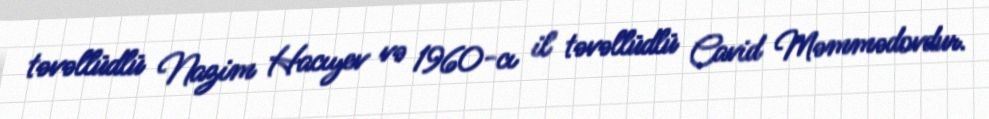
təvəllüdlü Nazim Hacıyev və 1960-cı il təvəllüdlü Cavid Məmmədovdur.